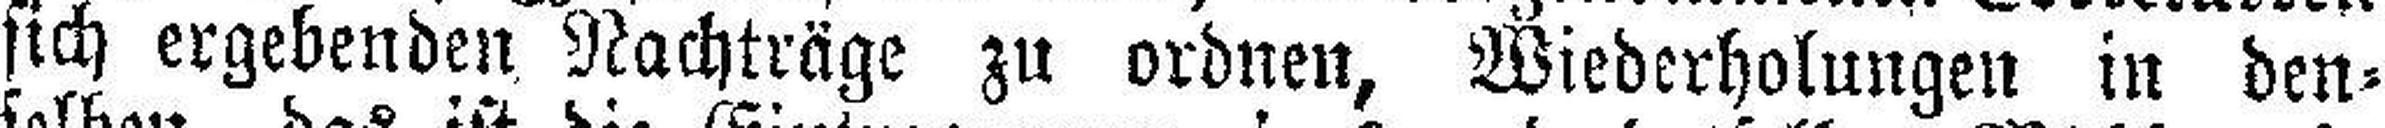
sich ergebenden Nachträge zu ordnen, Wiederholungen in den¬